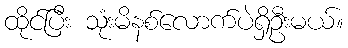
ထိုင်ပြီး သုံးမိနစ်လောက်ပဲရှိဦးမယ်။